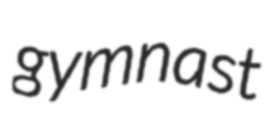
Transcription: gymnast